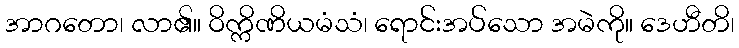
အာဂတော၊ လာ၏။ ဝိက္ကိဏိယမံသံ၊ ရောင်းအပ်သော အမဲကို။ ဒေဟီတိ၊